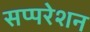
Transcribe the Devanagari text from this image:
सप्परेशन